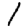
Digit: 1